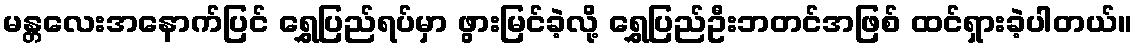
မန္တလေးအနောက်ပြင် ရွှေပြည်ရပ်မှာ ဖွားမြင်ခဲ့လို့ ရွှေပြည်ဦးဘတင်အဖြစ် ထင်ရှားခဲ့ပါတယ်။